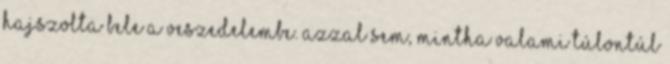
hajszolta bele a veszedelembe. Azzal sem, mintha valami túlontúl